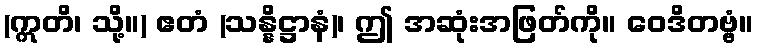
(ဣတိ၊ သို့။) ဧတံ (သန္နိဋ္ဌာနံ)၊ ဤ အဆုံးအဖြတ်ကို။ ဝေဒိတဗ္ဗံ။